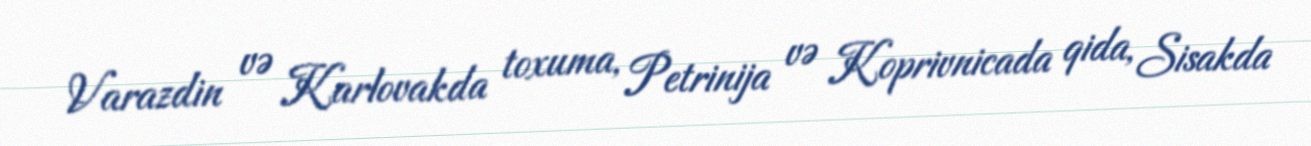
Varazdin və Karlovakda toxuma, Petrinija və Koprivnicada qida, Sisakda